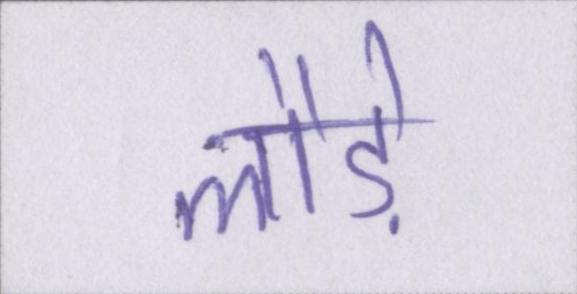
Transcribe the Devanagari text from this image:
लौड़े